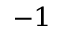
^ { - 1 }